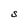
Character: s